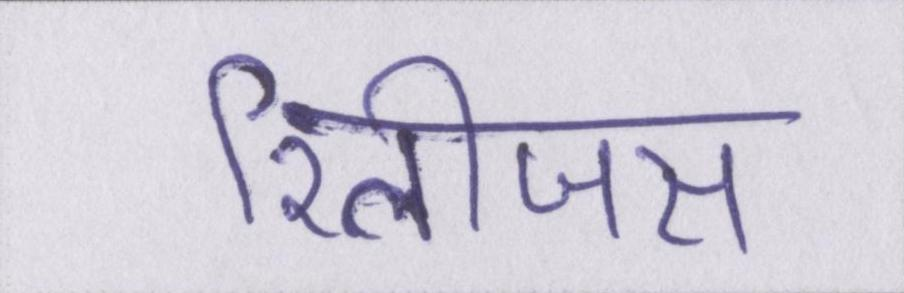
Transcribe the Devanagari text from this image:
रिलीजस